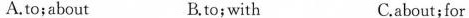
A.to;about B.to;with C.about;for